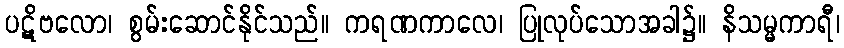
ပဋိဗလော၊ စွမ်းဆောင်နိုင်သည်။ ကရဏကာလေ၊ ပြုလုပ်သောအခါ၌။ နိသမ္မကာရီ၊